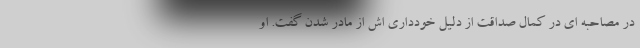
در مصاحبه ای در کمال صداقت از دلیل خودداری اش از مادر شدن گفت. او